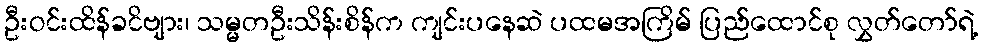
ဦးဝင်းထိန်ခငိဗျား၊ သမ္မတဦးသိန်းစိန်က ကျင်းပနေဆဲ ပထမအကြိမ် ပြည်ထောင်စု လွှတ်တော်ရဲ့